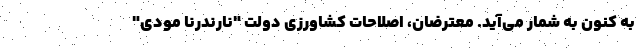
به کنون به شمار می‌آید. معترضان، اصلاحات کشاورزی دولت "نارندرنا مودی"